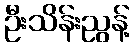
ဦးသိန်းညွန့်